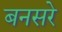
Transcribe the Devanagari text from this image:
बनसरे